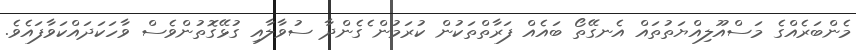
މެންބަރެއްގެ މަސްއޫލިއްޔަތުތައް އެނގޭތޯ ބައެއް ފަރާތްތަކުން ކުރަމުން ެގެންދާ ސުވާލާއި ގުޅޭގޮތުންވެސް ވާހަކަދައްކަވާފައެވެ.